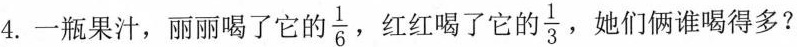
4.一瓶果汁，丽丽喝了它的 \frac{1}{6} ，红红喝了它的 \frac{1}{3} ，她们俩谁喝得多?